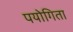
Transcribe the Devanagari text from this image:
पयोगिता